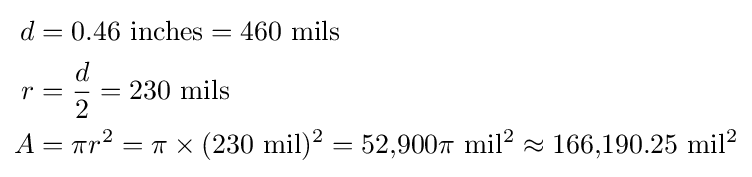
{\begin{aligned}d&={\rm {0.46~inches=460~mils}}\\r&={d \over 2}={\rm {230~mils}}\\A&=\pi r^{2}={\rm {\pi \times (230~mil)^{2}=52{,}900\pi ~mil^{2}\approx 166{,}190.25~mil^{2}}}\end{aligned}}